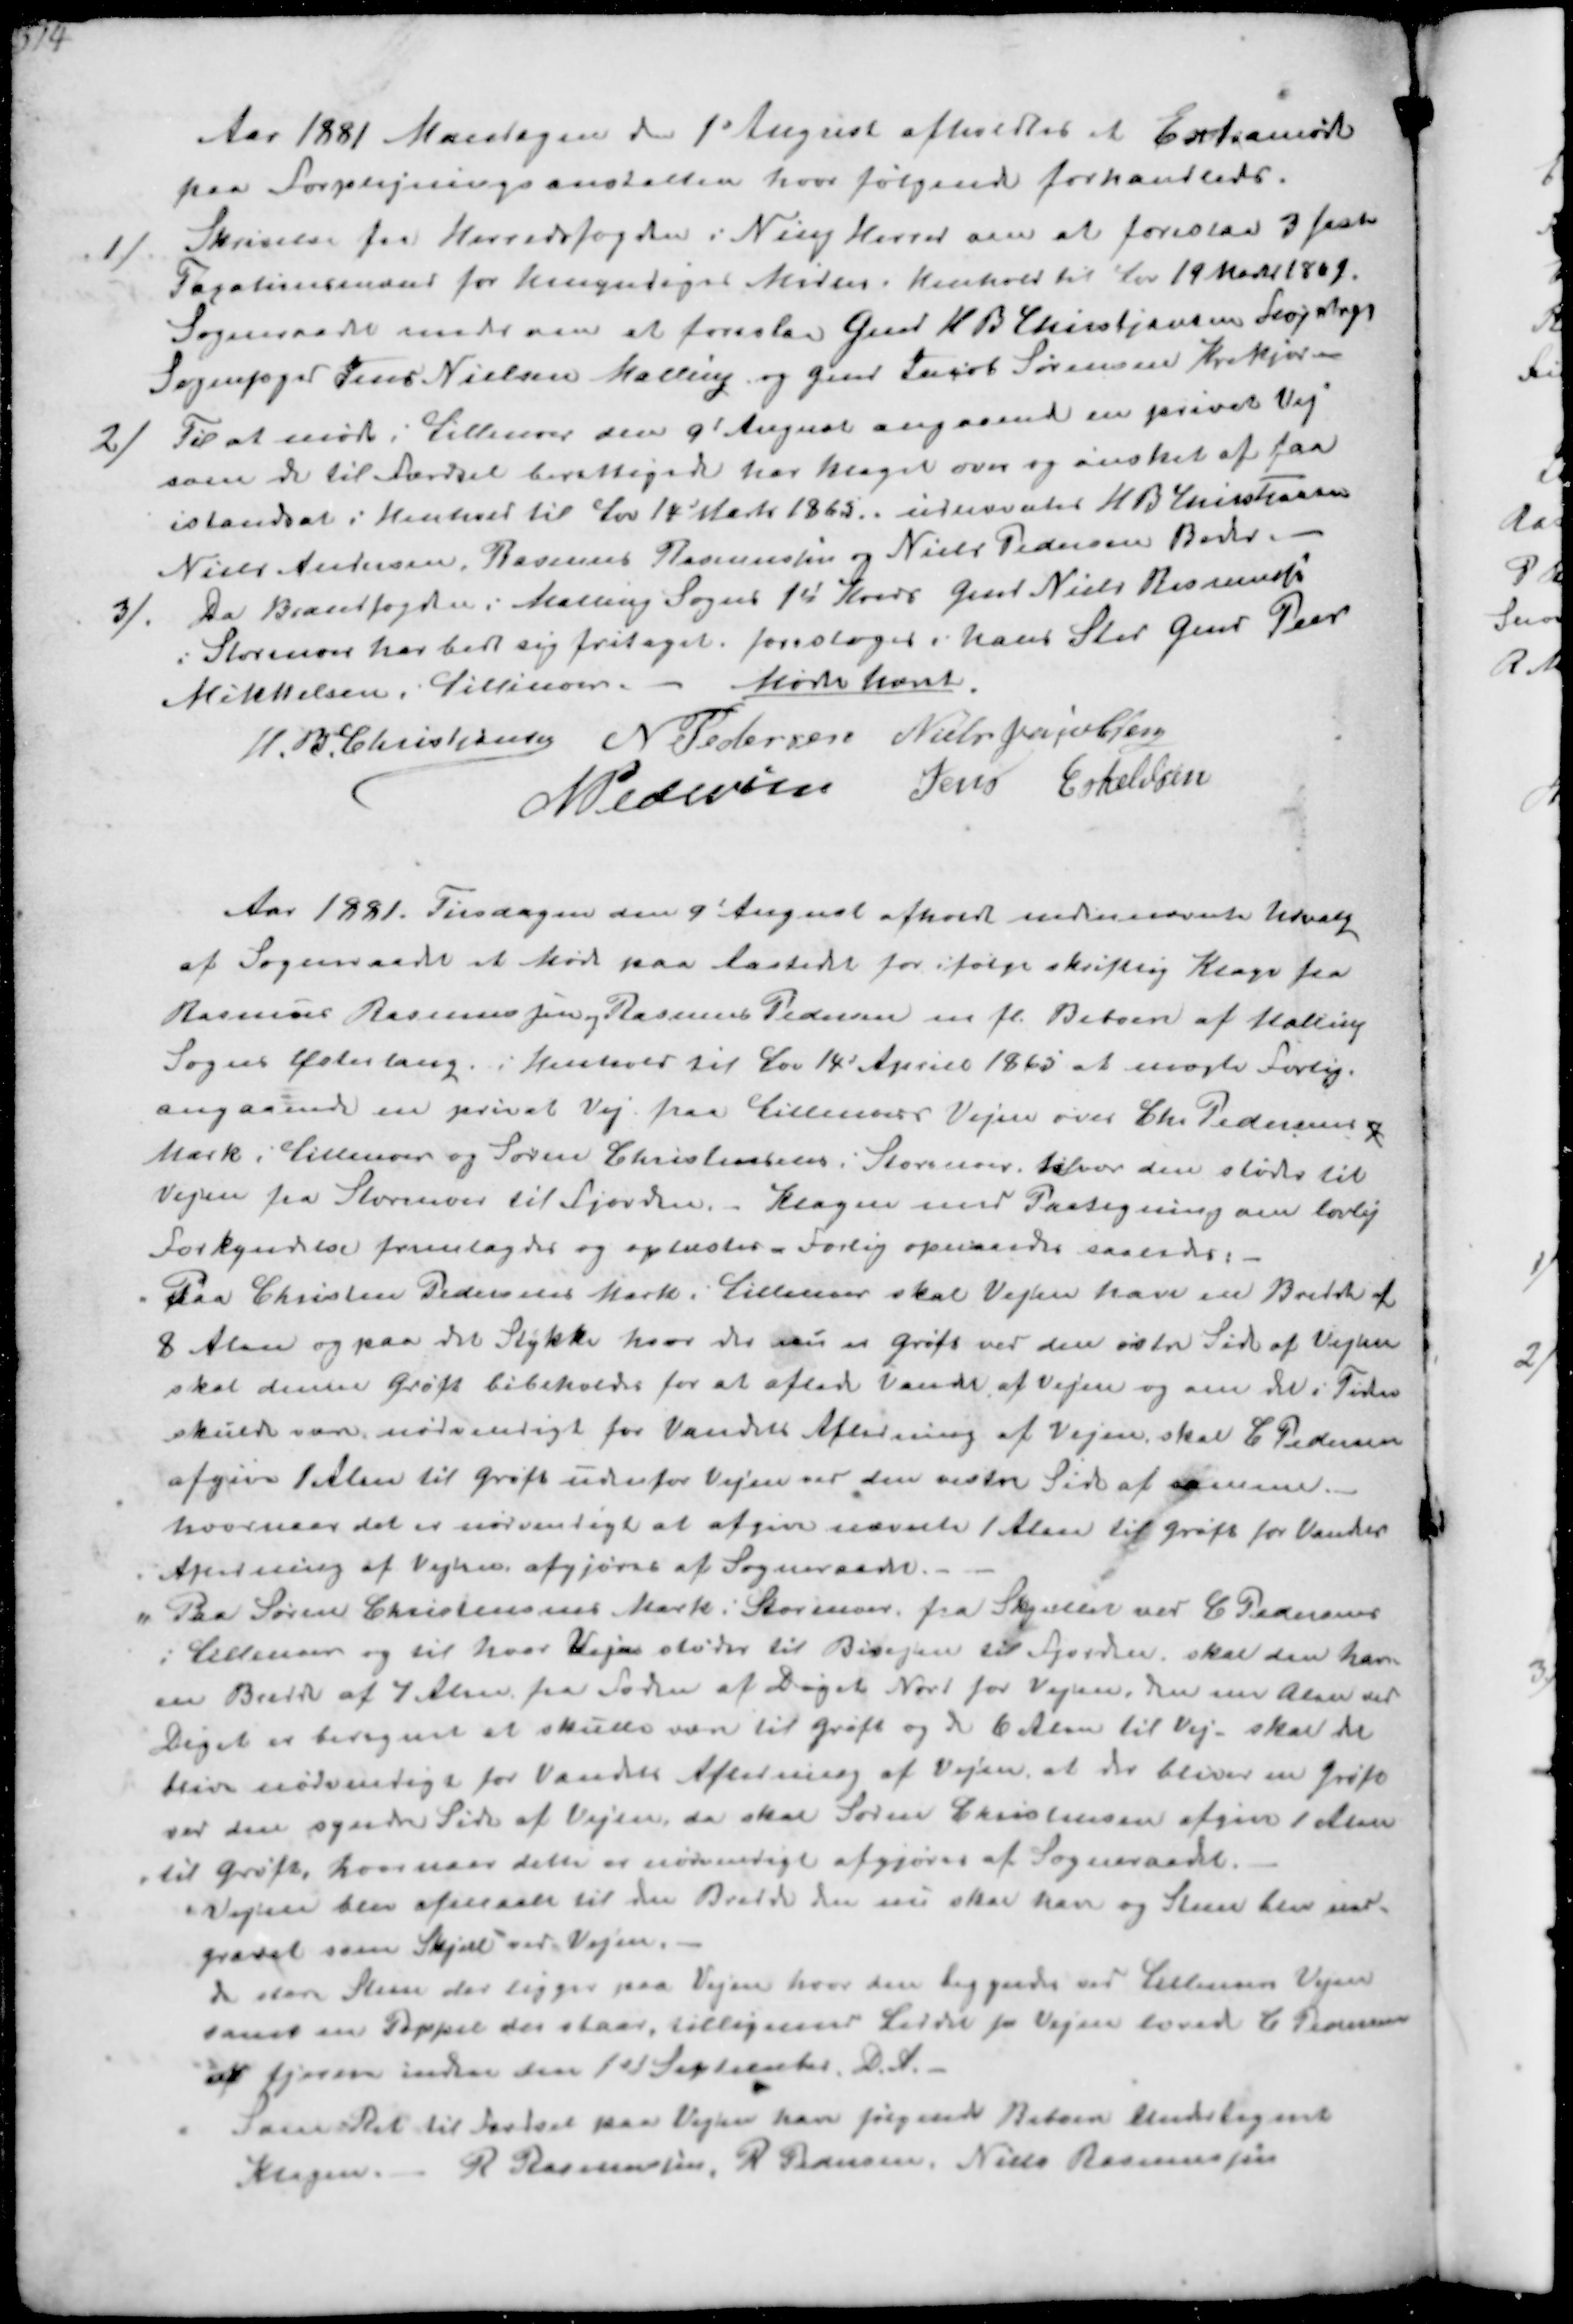
Transskription:
Aar 1881 Mandagen den 1t August afholdtes et Extramøde
paa Forplejningsanstalten hvor følgende forhandledes.
1/
Skrivelse fra Herredsfogden i Ning Herred om at foreslaa 3 faste
Taxationsmænd for Umyndiges Midler i Henhold til Lov 19 Marts 1869
Sogneraadet enedes om at foreslaa Gmd H B Christjansen Fløjstrup
Sognefoged Jens Nielsen Malling og Gmd Jacob Sørensen Krekjær
2/
Til at møde i Lillenor den 9d August angaaende den private Vej
som de til Færdsel berettigede har klaget over og ønsker at faa
istandsat i Henhold til Lov 14' Marts 1865 udnævntes H B Christjansen
Niels Andersen, Rasmus Rasmussen og Niels Pedersen Beder
3/
Da Brandfoged i Malling Sogns 1t Kreds Gmd Niels Rasmussen
i Storenor har bedt sig fritaget foresloges i hans Sted Gmd Peer
Mikkelsen i Lillenor - Mødet hævet
H B Christjansen
N Pedersen
Niels Jacobsen
N Pedersen
Jens Eskeldsen

Aar 1881 Tirsdagen den 9' August afholdt undernævnte Udvalg
af Sogneraadet et Møde paa Aastedet for ifølge skriftlig Klage fra
Rasmus Rasmussen, Rasmus Pedersen m fl Beboere af Malling
Sogns Østerlaug i Henhold til Lov 14' April 1865 at mægle Forlig
angaaende en privat Vej paa Lillenorvejen over Chr Pedersens
Mark Lillenor og Søren Christiansens i Storenor hvor den stødte til
Vejen fra Storenor til Fjorden. Klagen med Paategning om lovlig
Forkyndelse fremlagdes og oplæstes - Forlig opnaaedes saaledes:
Paa Christen Pedersens Mark Lillenor skal Vejen have en Bredde af
8 Alen og paa det stykke hvor der nu er Grøft ved den østre Side af Vejen
skal denne Grøft bibeholdes for at aflede Vande af Vejen og om der i Tiden
skulde være nødvendigt for Vandets afledning af Vejen skal C Pedersen
afgive Retten til Grøft udenfor Vejen ved den vestre Side af samme
Hvornaar det er nødvendigt at afgive nævnte 1 Alen til Grøft for Vandets
Afledning af Vejen afgjøres af Sogneraadet
" Paa Søren Christensens Mark i Storenor fra Skjellet ved C Pedersens 
i Lillenor og til hvor Vejen støder til Bivejen til Fjorden, skal den have
en Bredde af 7 Alen fra Siden af Diget Nord for Vejen da en Alen ved
Diget er beregnet at skulde være til Grøft og de 6 Alen til Vej skal det
blive nødvendigt for Vandets Afledning af Vejen at der bliver en Grøft
ved den søndre Side af Vejen da skal Søren Christensen afgive 1 Alen
til Grøft, hvornaar dette er nødvendiogt aggjøres af Sogneraadet
Vejen blev afmaalt til den Bredde den skal have og Sten blev ned-
gravet som Skjel ved Vejen
De store Sten der ligger paa Vejen hvor den liggende ved Lillenor Vejen
Samt en Poppel der staar, tilligemed Leddet for Vejen lovede C Pedersen
at fjerne inden den 1st September D A 
Som Ret til Færdsel paa Vejen har følgende Beboere undertegnet
Klagen R Rasmussen, R Pedersen, Niels Rasmussen